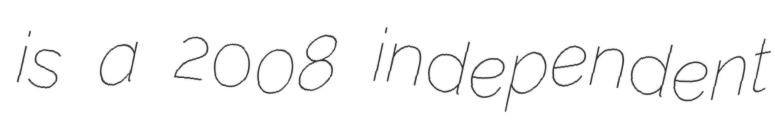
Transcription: is a 2008 independent